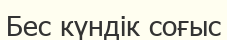
Бес күндік соғыс